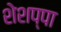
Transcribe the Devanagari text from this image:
शेशप्पा